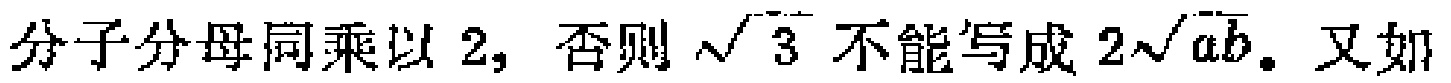
分子分母同乘以 2, 否则 $\sqrt{3}$ 不能写成 $2\sqrt{ab}$. 又如